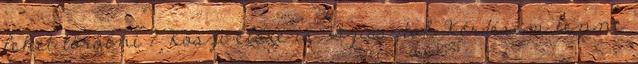
lehet törölni ? Köszi előre is Sziasztok Kérdésem lenne